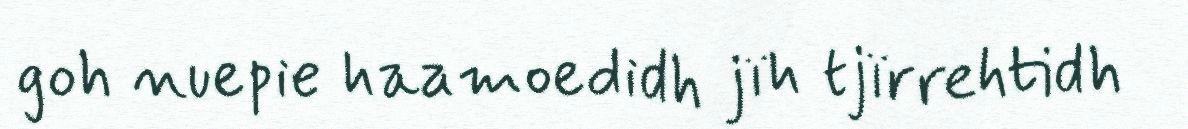
goh nuepie haamoedidh jïh tjïrrehtidh